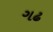
ગઢ